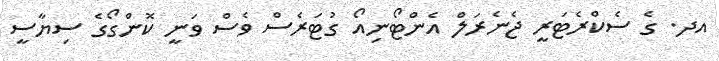
އދ. ގެ ސެކްރެޓަރީ ޖެނެރަލް އެންޓޯނިއޯ ގުޓަރެސް ވެސް ވަނީ ކޮންގޯގެ ސިޔާސީ